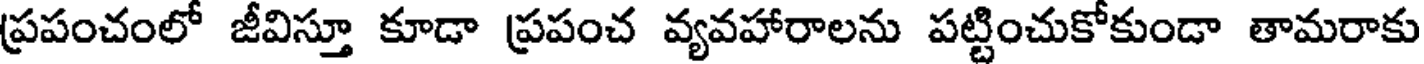
ప్రపంచంలో జీవిస్తూ కూడా ప్రపంచ వ్యవహారాలను పట్టించుకోకుండా తామరాకు